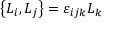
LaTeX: \left\{ L _ { i } , L _ { j } \right\} = \varepsilon _ { i j k } L _ { k }